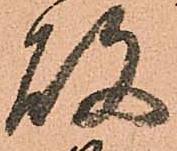
故